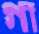
গা